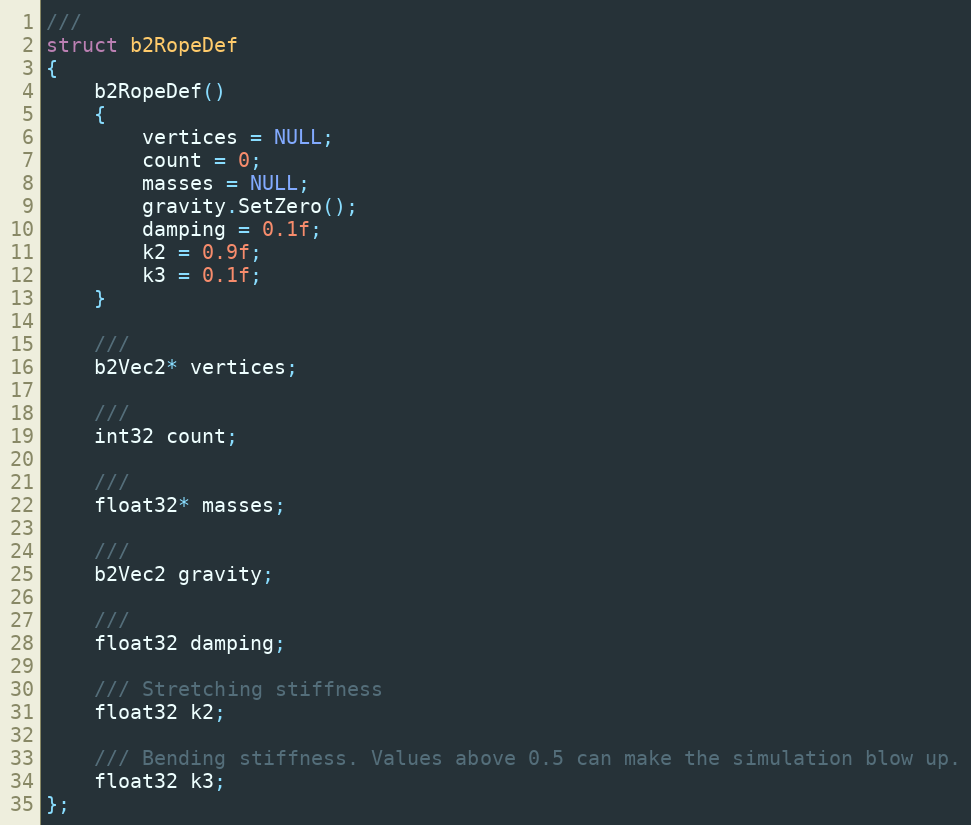
Language: C
///
struct b2RopeDef
{
	b2RopeDef()
	{
		vertices = NULL;
		count = 0;
		masses = NULL;
		gravity.SetZero();
		damping = 0.1f;
		k2 = 0.9f;
		k3 = 0.1f;
	}

	///
	b2Vec2* vertices;

	///
	int32 count;

	///
	float32* masses;

	///
	b2Vec2 gravity;

	///
	float32 damping;

	/// Stretching stiffness
	float32 k2;

	/// Bending stiffness. Values above 0.5 can make the simulation blow up.
	float32 k3;
};